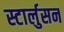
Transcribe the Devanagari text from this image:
स्टार्लुसन